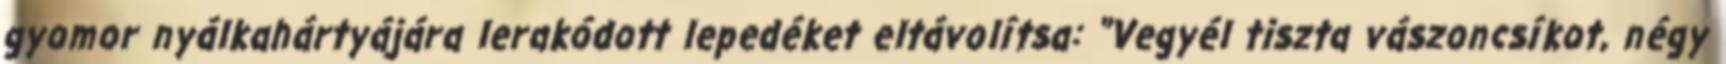
gyomor nyálkahártyájára lerakódott lepedéket eltávolítsa: "Vegyél tiszta vászoncsíkot, négy